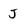
Character: J